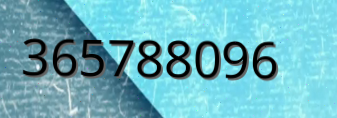
365788096